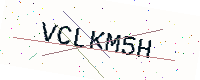
Text: VCLKM5H